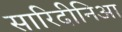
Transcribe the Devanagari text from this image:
सारिदीनिआ